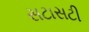
સટાસટી